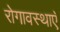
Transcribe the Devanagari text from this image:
रोगावस्थाएँ